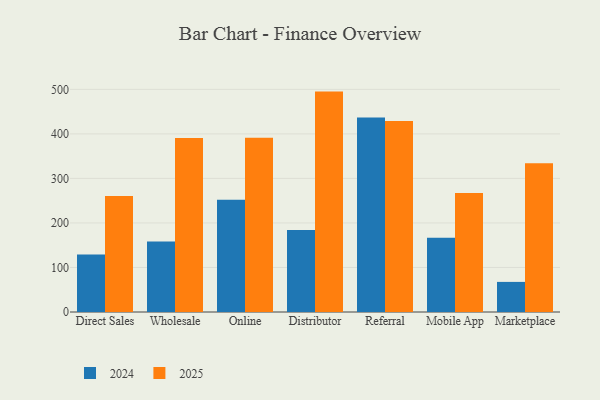
{"axis": {"x": "Channel", "y": "Conversion Rate (%)"}, "legend": ["2024", "2025"], "data": [{"x": "Direct Sales", "y": 260.8, "type": "2025"}, {"x": "Direct Sales", "y": 128.9, "type": "2024"}, {"x": "Wholesale", "y": 390.7, "type": "2025"}, {"x": "Wholesale", "y": 158.3, "type": "2024"}, {"x": "Online", "y": 391.6, "type": "2025"}, {"x": "Online", "y": 252.2, "type": "2024"}, {"x": "Distributor", "y": 495.0, "type": "2025"}, {"x": "Distributor", "y": 183.9, "type": "2024"}, {"x": "Referral", "y": 428.8, "type": "2025"}, {"x": "Referral", "y": 437.0, "type": "2024"}, {"x": "Mobile App", "y": 267.2, "type": "2025"}, {"x": "Mobile App", "y": 166.9, "type": "2024"}, {"x": "Marketplace", "y": 334.2, "type": "2025"}, {"x": "Marketplace", "y": 67.6, "type": "2024"}]}